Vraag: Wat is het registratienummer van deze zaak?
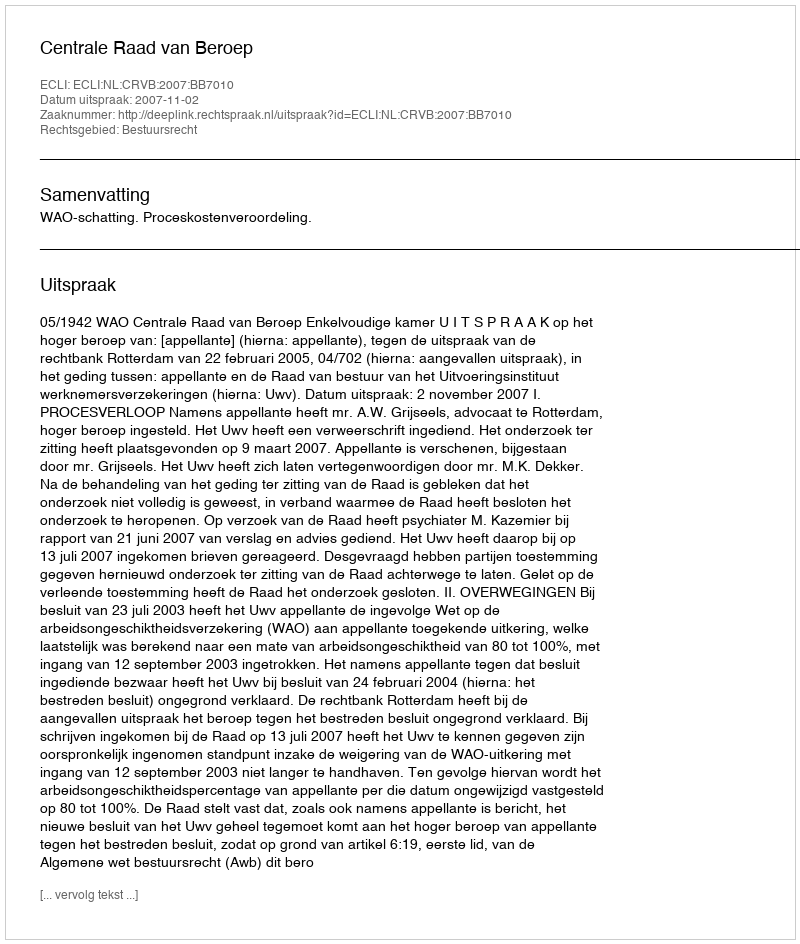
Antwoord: http://deeplink.rechtspraak.nl/uitspraak?id=ECLI:NL:CRVB:2007:BB7010